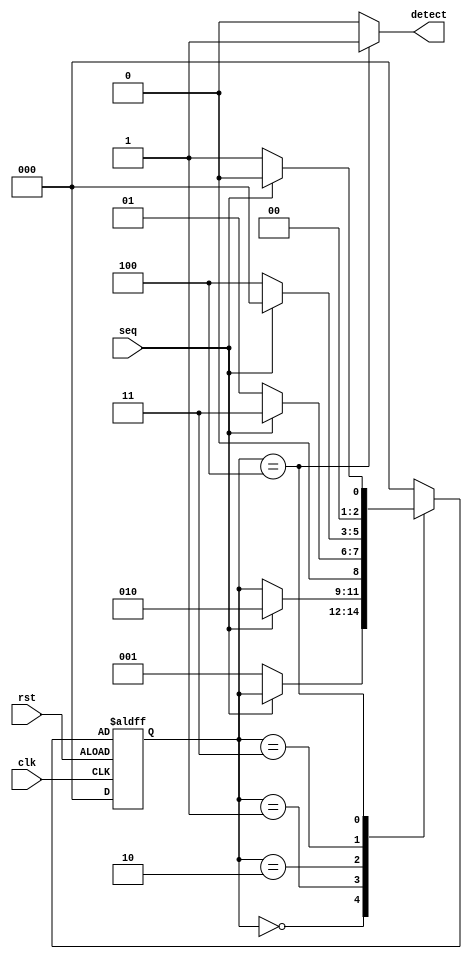
module seq_detect_0110_overlap(
input wire clk, input wire rst, input wire seq,
output reg detect);

parameter SIZE = 3, STATE0 = 3'b000, STATE1 = 3'b001, 
STATE2 = 3'B010, STATE3 = 3'b011, STATE4 = 3'b100;

reg[SIZE-1:0] currentstate, nextstate;

always @(posedge clk, posedge rst)
begin
    if (!rst) currentstate <= STATE0;
    else currentstate <= nextstate;
end

//Next State Logic
always @(*)
begin
nextstate <= currentstate;
case (currentstate)
    STATE0: begin
    if (seq == 0) nextstate <= STATE1; 
    $display(currentstate);
    end
    STATE1: begin
      if (seq == 1) nextstate <= STATE2;
      $display(currentstate);
    end
    STATE2: begin 
      if (seq == 0) nextstate <= STATE1;
      else nextstate <= STATE3;
      $display(currentstate);
    end 
    STATE3: begin
      if (seq == 1) nextstate <= STATE0;
      else nextstate <= STATE4;
      $display(currentstate);
    end
    STATE4: begin
      if (seq == 1) nextstate <= STATE0;
      else nextstate <= STATE1;
      $display(currentstate);
    end
    default: nextstate <= STATE0;
endcase
end

//Output Logic
always @(currentstate)
begin
case (currentstate)
   STATE4: detect = 1'b1;
   default: detect = 1'b0;
endcase
end

endmodule